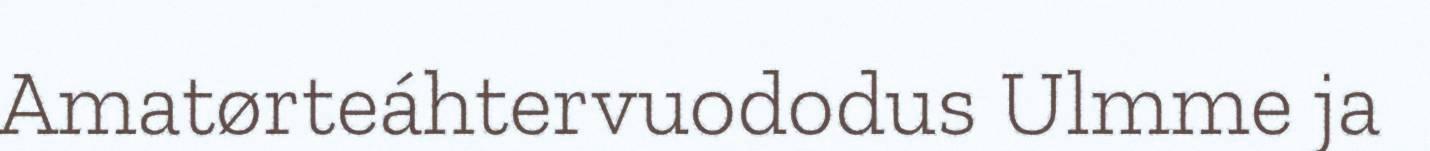
Amatørteáhtervuododus Ulmme ja